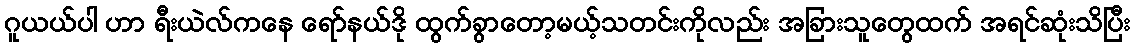
ဂူယယ်ပါ ဟာ ရီးယဲလ်ကနေ ရော်နယ်ဒို ထွက်ခွာတော့မယ့်သတင်းကိုလည်း အခြားသူတွေထက် အရင်ဆုံးသိပြီး